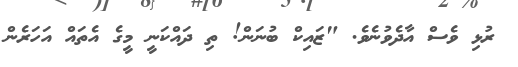
ރުޅި ވެސް އާދެވުނެވެ. "ޒައިކް ބުނަން! ތި ދައްކަނީ މީގެ އެތައް އަހަރެން